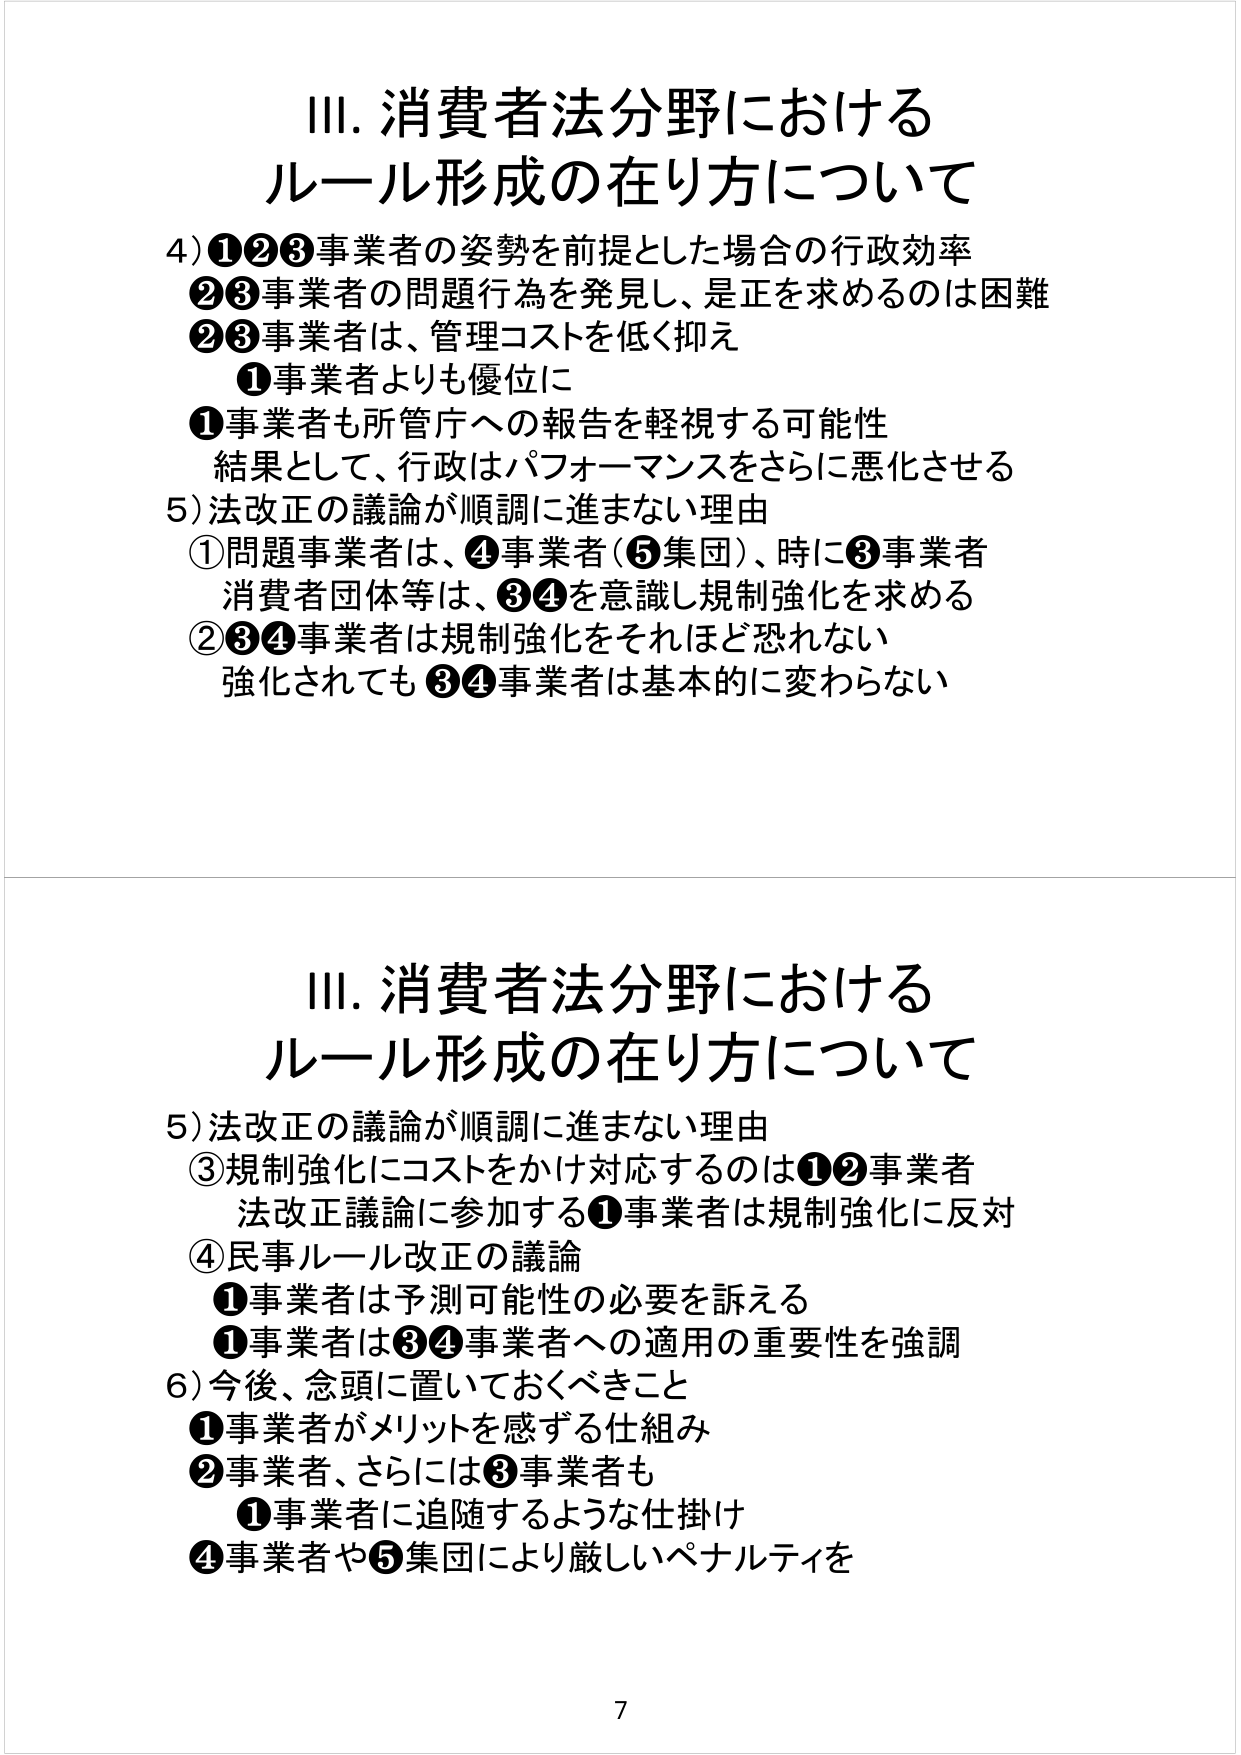
Ⅲ. 消費者法分野における
ルール形成の在り方について

4) ①②③事業者の姿勢を前提とした場合の行政効率
　②③事業者の問題行為を発見し、是正を求めるのは困難
　②③事業者は、管理コストを低く抑え
　　①事業者よりも優位に
　　①事業者も所管庁への報告を軽視する可能性
　　　結果として、行政はパフォーマンスをさらに悪化させる

5) 法改正の議論が順調に進まない理由
　①問題事業者は、④事業者（⑤集団）、時に③事業者
　　　消費者団体等は、③④を意識し規制強化を求める
　②③④事業者は規制強化をそれほど恐れない
　　　強化されても③④事業者は基本的に変わらない

Ⅲ. 消費者法分野における
ルール形成の在り方について

5) 法改正の議論が順調に進まない理由
　③規制強化にコストをかけ対応するのは①②事業者
　　　法改正議論に参加する①事業者は規制強化に反対
　④民事ルール改正の議論
　　①事業者は予測可能性の必要を訴える
　　①事業者は③④事業者への適用の重要性を強調

6) 今後、念頭に置いておくべきこと
　①事業者がメリットを感じる仕組み
　②事業者、さらには③事業者も
　　①事業者に追随するような仕掛け
　④事業者や⑤集団により厳しいペナルティを

7